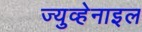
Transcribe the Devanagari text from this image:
ज्युव्हेनाइल